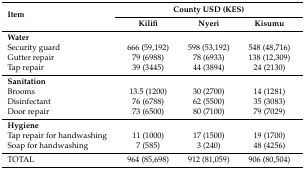
<table><thead><tr><td rowspan="2"><b>Item</b></td><td colspan="3"><b>County USD (KES)</b></td></tr><tr><td><b>Kilifi</b></td><td><b>Nyeri</b></td><td><b>Kisumu</b></td></tr></thead><tbody><tr><td><b>Water</b></td><td></td><td></td><td></td></tr><tr><td>Security guard</td><td>666 (59,192)</td><td>598 (53,192)</td><td>548 (48,716)</td></tr><tr><td>Gutter repair</td><td>79 (6988)</td><td>78 (6933)</td><td>138 (12,309)</td></tr><tr><td>Tap repair</td><td>39 (3445)</td><td>44 (3894)</td><td>24 (2130)</td></tr><tr><td><b>Sanitation</b></td><td></td><td></td><td></td></tr><tr><td>Brooms</td><td>13.5 (1200)</td><td>30 (2700)</td><td>14 (1281)</td></tr><tr><td>Disinfectant</td><td>76 (6788)</td><td>62 (5500)</td><td>35 (3083)</td></tr><tr><td>Door repair</td><td>73 (6500)</td><td>80 (7100)</td><td>79 (7029)</td></tr><tr><td><b>Hygiene</b></td><td></td><td></td><td></td></tr><tr><td>Tap repair for handwashing</td><td>11 (1000)</td><td>17 (1500)</td><td>19 (1700)</td></tr><tr><td>Soap for handwashing</td><td>7 (585)</td><td>3 (240)</td><td>48 (4256)</td></tr><tr><td>TOTAL</td><td>964 (85,698)</td><td>912 (81,059)</td><td>906 (80,504)</td></tr></tbody></table>